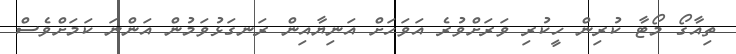
ތިއާގޯ މޯޓާ ކުރިން ހީކުރި ވަރަށްވުރެ އަވަހަށް އަނިޔާއިން ރަނގަޅުވަމުން އަންނަ ކަމަށްވެސް